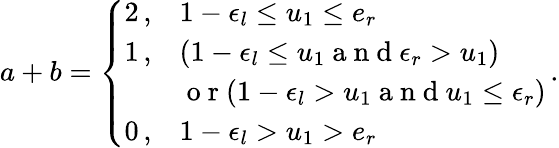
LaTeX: a+b=\left\{ \begin{array}{ll}{2\, ,}&{1-\epsilon_{l}\leq u_{1}\leq e_{r}}\\ {1\, ,}&{(1-\epsilon_{l}\leq u_{1}\mathrm{~a~n~d~}\epsilon_{r}>u_{1})}\\ {~}&{\mathrm{~o~r~}(1-\epsilon_{l}>u_{1}\mathrm{~a~n~d~}u_{1}\leq\epsilon_{r})}\\ {0\, ,}&{1-\epsilon_{l}>u_{1}>e_{r}}\end{array}\right.\, .